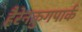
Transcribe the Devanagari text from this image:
हैरेनक्रुगपार्क